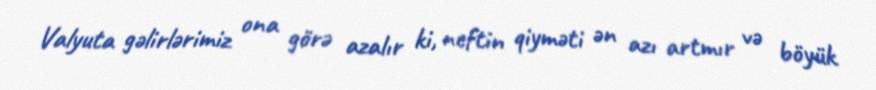
Valyuta gəlirlərimiz ona görə azalır ki, neftin qiyməti ən azı artmır və böyük